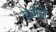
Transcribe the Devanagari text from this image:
बरौनै